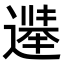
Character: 𫑀